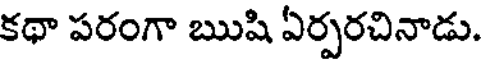
కథా పరంగా ఋషి ఏర్పరచినాడు.